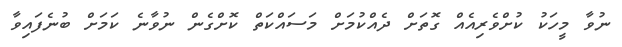
ނުވާ މީހަކު ކުށްވެރިއެއް ގޮތަށް ދެއްކުމަށް މަސައްކަތް ކޮށްގެން ނުވާނެ ކަމަަށް ބުނެފައިވާ